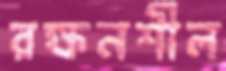
রক্ষনশীল